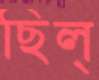
ছিল্